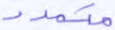
متمدد